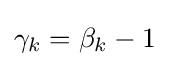
\gamma _{k}=\beta _{k}-1